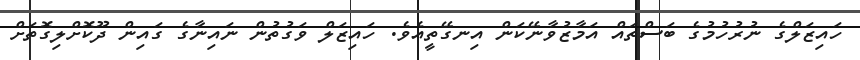
ހައިޒަލްގެ ނުރުހުމުގެ ބަސްތައް އަމާޒުވާނޭކަން އިނގޭތީއެވެ. ހައިޒަލް ވަގުތުން ނައިނާގެ ގައިން ދޫކޮށްލިގޮތަށް